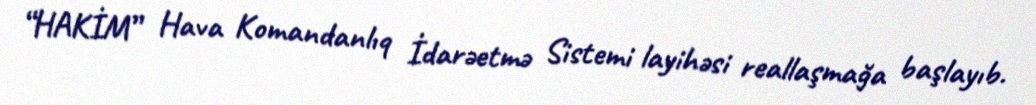
“HAKİM” Hava Komandanlıq İdarəetmə Sistemi layihəsi reallaşmağa başlayıb.